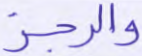
والرجز